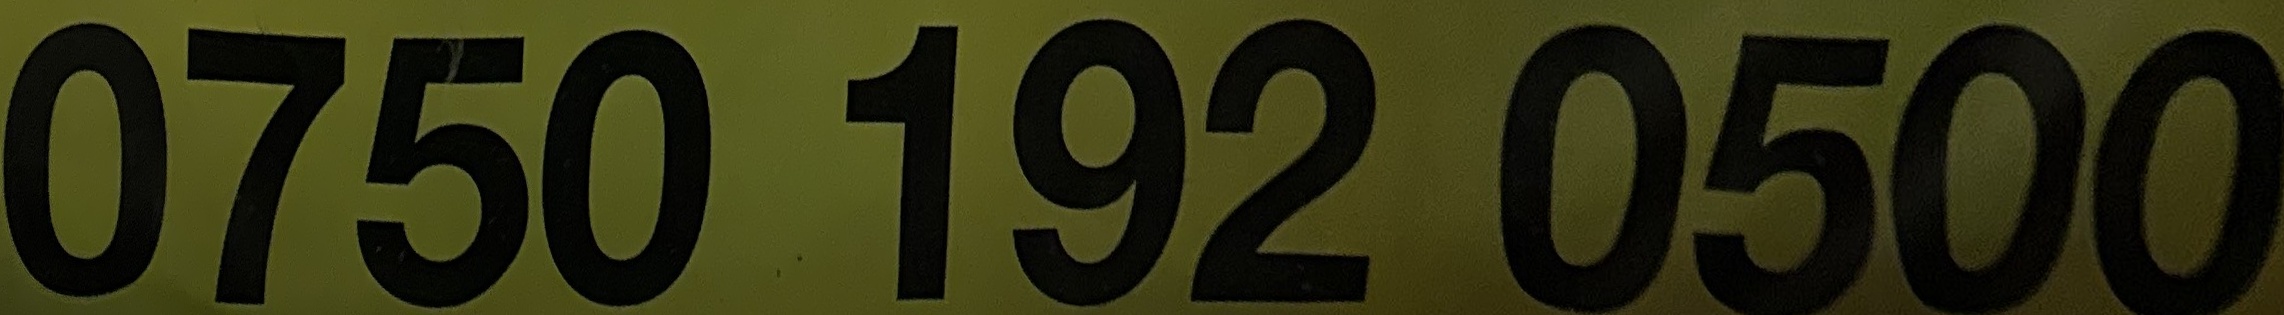
0750192 0500